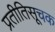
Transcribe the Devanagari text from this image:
प्रतीतिसूचक